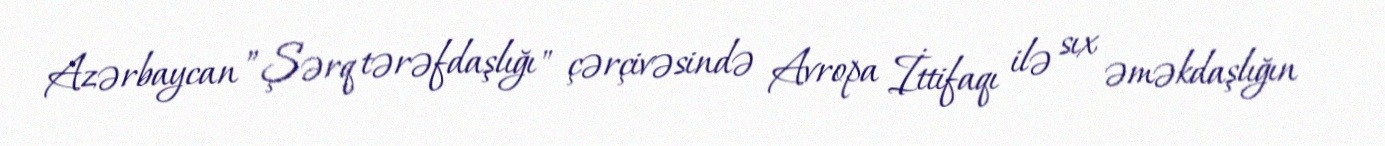
Azərbaycan ”Şərq tərəfdaşlığı" çərçivəsində Avropa İttifaqı ilə sıx əməkdaşlığın